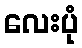
လေးပုံ